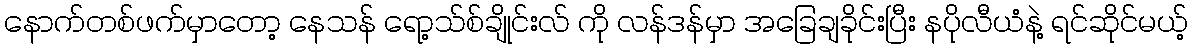
နောက်တစ်ဖက်မှာတော့ နေသန် ရော့သ်စ်ချိုင်းလ် ကို လန်ဒန်မှာ အခြေချခိုင်းပြီး နပိုလီယံနဲ့ ရင်ဆိုင်မယ့်